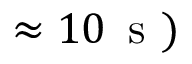
\approx 1 0 \, \mathrm { ~ s ~ } )